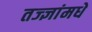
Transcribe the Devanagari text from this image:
तज्ज्ञांमधे